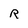
Character: R